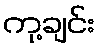
ကု့ချင်း